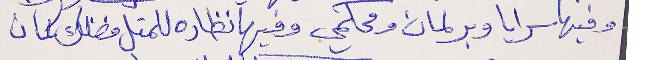
وفيها سرايا وبرلمان ومحكمي   وفيها نظاره للمتل فضلك كمان